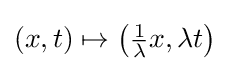
(x,t)\mapsto \left({\tfrac {1}{\lambda }}x,\lambda t\right)